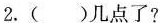
2.()几点了?